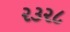
૨૩૨૮